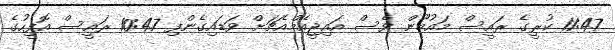
11:47 ކުރީގެ ރައީސް މައުމޫން ވެސް އައިޖީއެމްއެޗަށް ވަޑައިގެންފި 10:47 ރައީސް އޮފީހުގެ